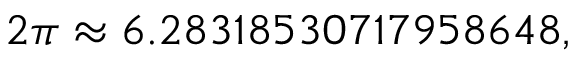
2 \pi \approx 6 . 2 8 3 1 8 5 3 0 7 1 7 9 5 8 6 4 8 ,